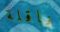
ناقلة